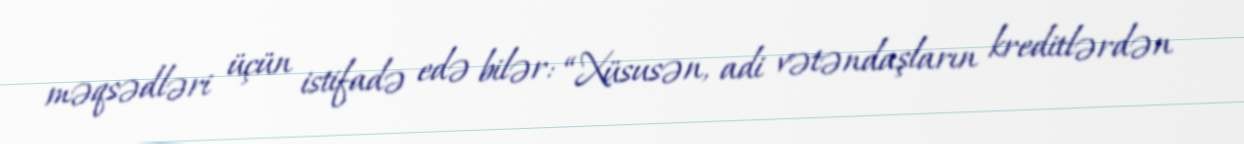
məqsədləri üçün istifadə edə bilər: “Xüsusən, adi vətəndaşların kreditlərdən